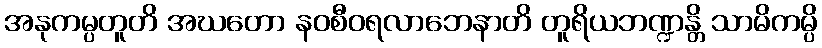
အနုကမ္ပတူတိ အဃတော နဝစီဝရလာဘေနာတိ တူရိယဘဏ္ဍန္တိ သာမိကမ္ပိ